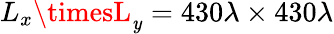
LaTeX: L_{x}\timesL_{\mathit{y}}=430\lambda\times430\lambda